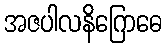
အဇပါလနိဂြောဓေ